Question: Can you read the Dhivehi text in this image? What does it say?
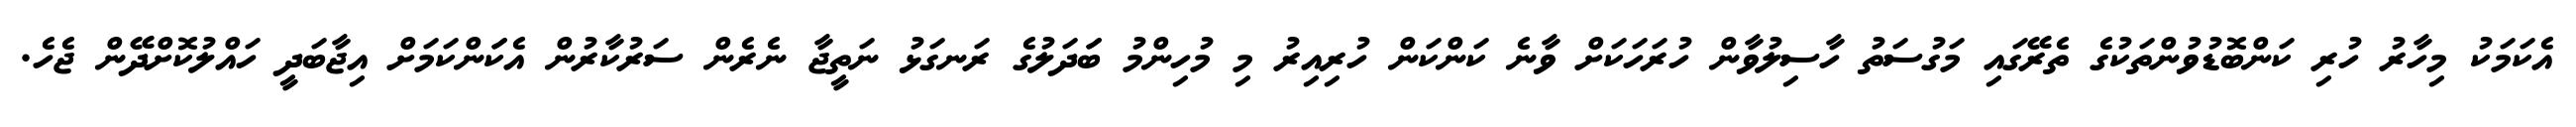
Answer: އެކަމަކު މިހާރު ހުރި ކަންބޮޑުވުންތަކުގެ ތެރޭގައި މަގުސަތު ހާސިލުވާން ހުރަހަކަށް ވާނެ ކަންކަން ހުރިއިރު މި މުހިންމު ބަަދަލުގެ ރަނގަޅު ނަތީޖާ ނެރެން ސަރުކާރުން އެކަަންކަމަށް އިޖާބަދީ ހައްލުކޮށްދޭން ޖެހެ.